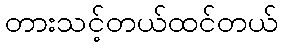
တားသင့်တယ်ထင်တယ်